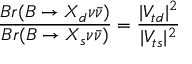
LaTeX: \frac { B r ( B \to X _ { d } \nu \bar { \nu } ) } { B r ( B \to X _ { s } \nu \bar { \nu } ) } = \frac { | V _ { t d } | ^ { 2 } } { | V _ { t s } | ^ { 2 } }